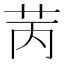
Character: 苪